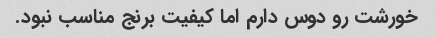
خورشت رو دوس دارم اما کیفیت برنج مناسب نبود.